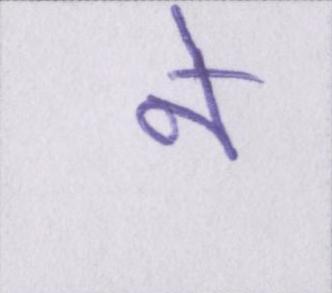
ने